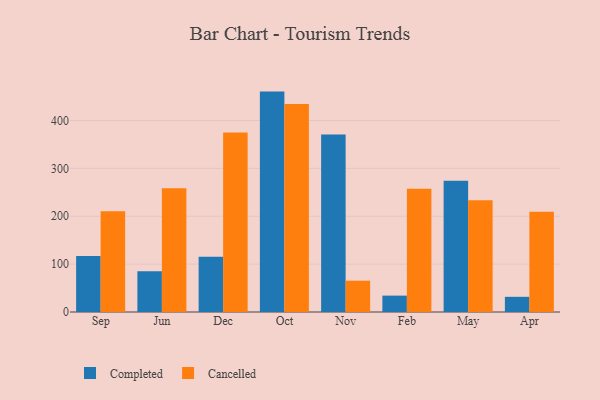
{"axis": {"x": "Month", "y": "Website Visitors"}, "legend": ["Cancelled", "Completed"], "data": [{"x": "Sep", "y": 117.1, "type": "Completed"}, {"x": "Sep", "y": 210.4, "type": "Cancelled"}, {"x": "Jun", "y": 85.1, "type": "Completed"}, {"x": "Jun", "y": 258.3, "type": "Cancelled"}, {"x": "Dec", "y": 115.2, "type": "Completed"}, {"x": "Dec", "y": 375.2, "type": "Cancelled"}, {"x": "Oct", "y": 460.4, "type": "Completed"}, {"x": "Oct", "y": 434.3, "type": "Cancelled"}, {"x": "Nov", "y": 370.8, "type": "Completed"}, {"x": "Nov", "y": 65.4, "type": "Cancelled"}, {"x": "Feb", "y": 34.2, "type": "Completed"}, {"x": "Feb", "y": 257.6, "type": "Cancelled"}, {"x": "May", "y": 274.2, "type": "Completed"}, {"x": "May", "y": 233.3, "type": "Cancelled"}, {"x": "Apr", "y": 31.7, "type": "Completed"}, {"x": "Apr", "y": 209.5, "type": "Cancelled"}]}